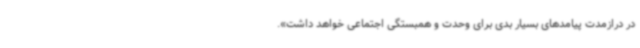
در درازمدت پیامدهای بسیار بدی برای وحدت و همبستگی اجتماعی خواهد داشت».